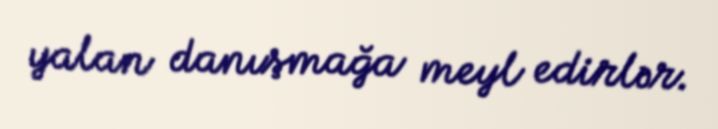
yalan danışmağa meyl edirlər.